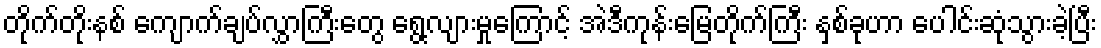
တိုက်တိုးနစ် ကျောက်ချပ်လွှာကြီးတွေ ရွေ့လျားမှုကြောင့် အဲဒီကုန်းမြေတိုက်ကြီး နှစ်ခုဟာ ပေါင်းဆုံသွားခဲ့ပြီး